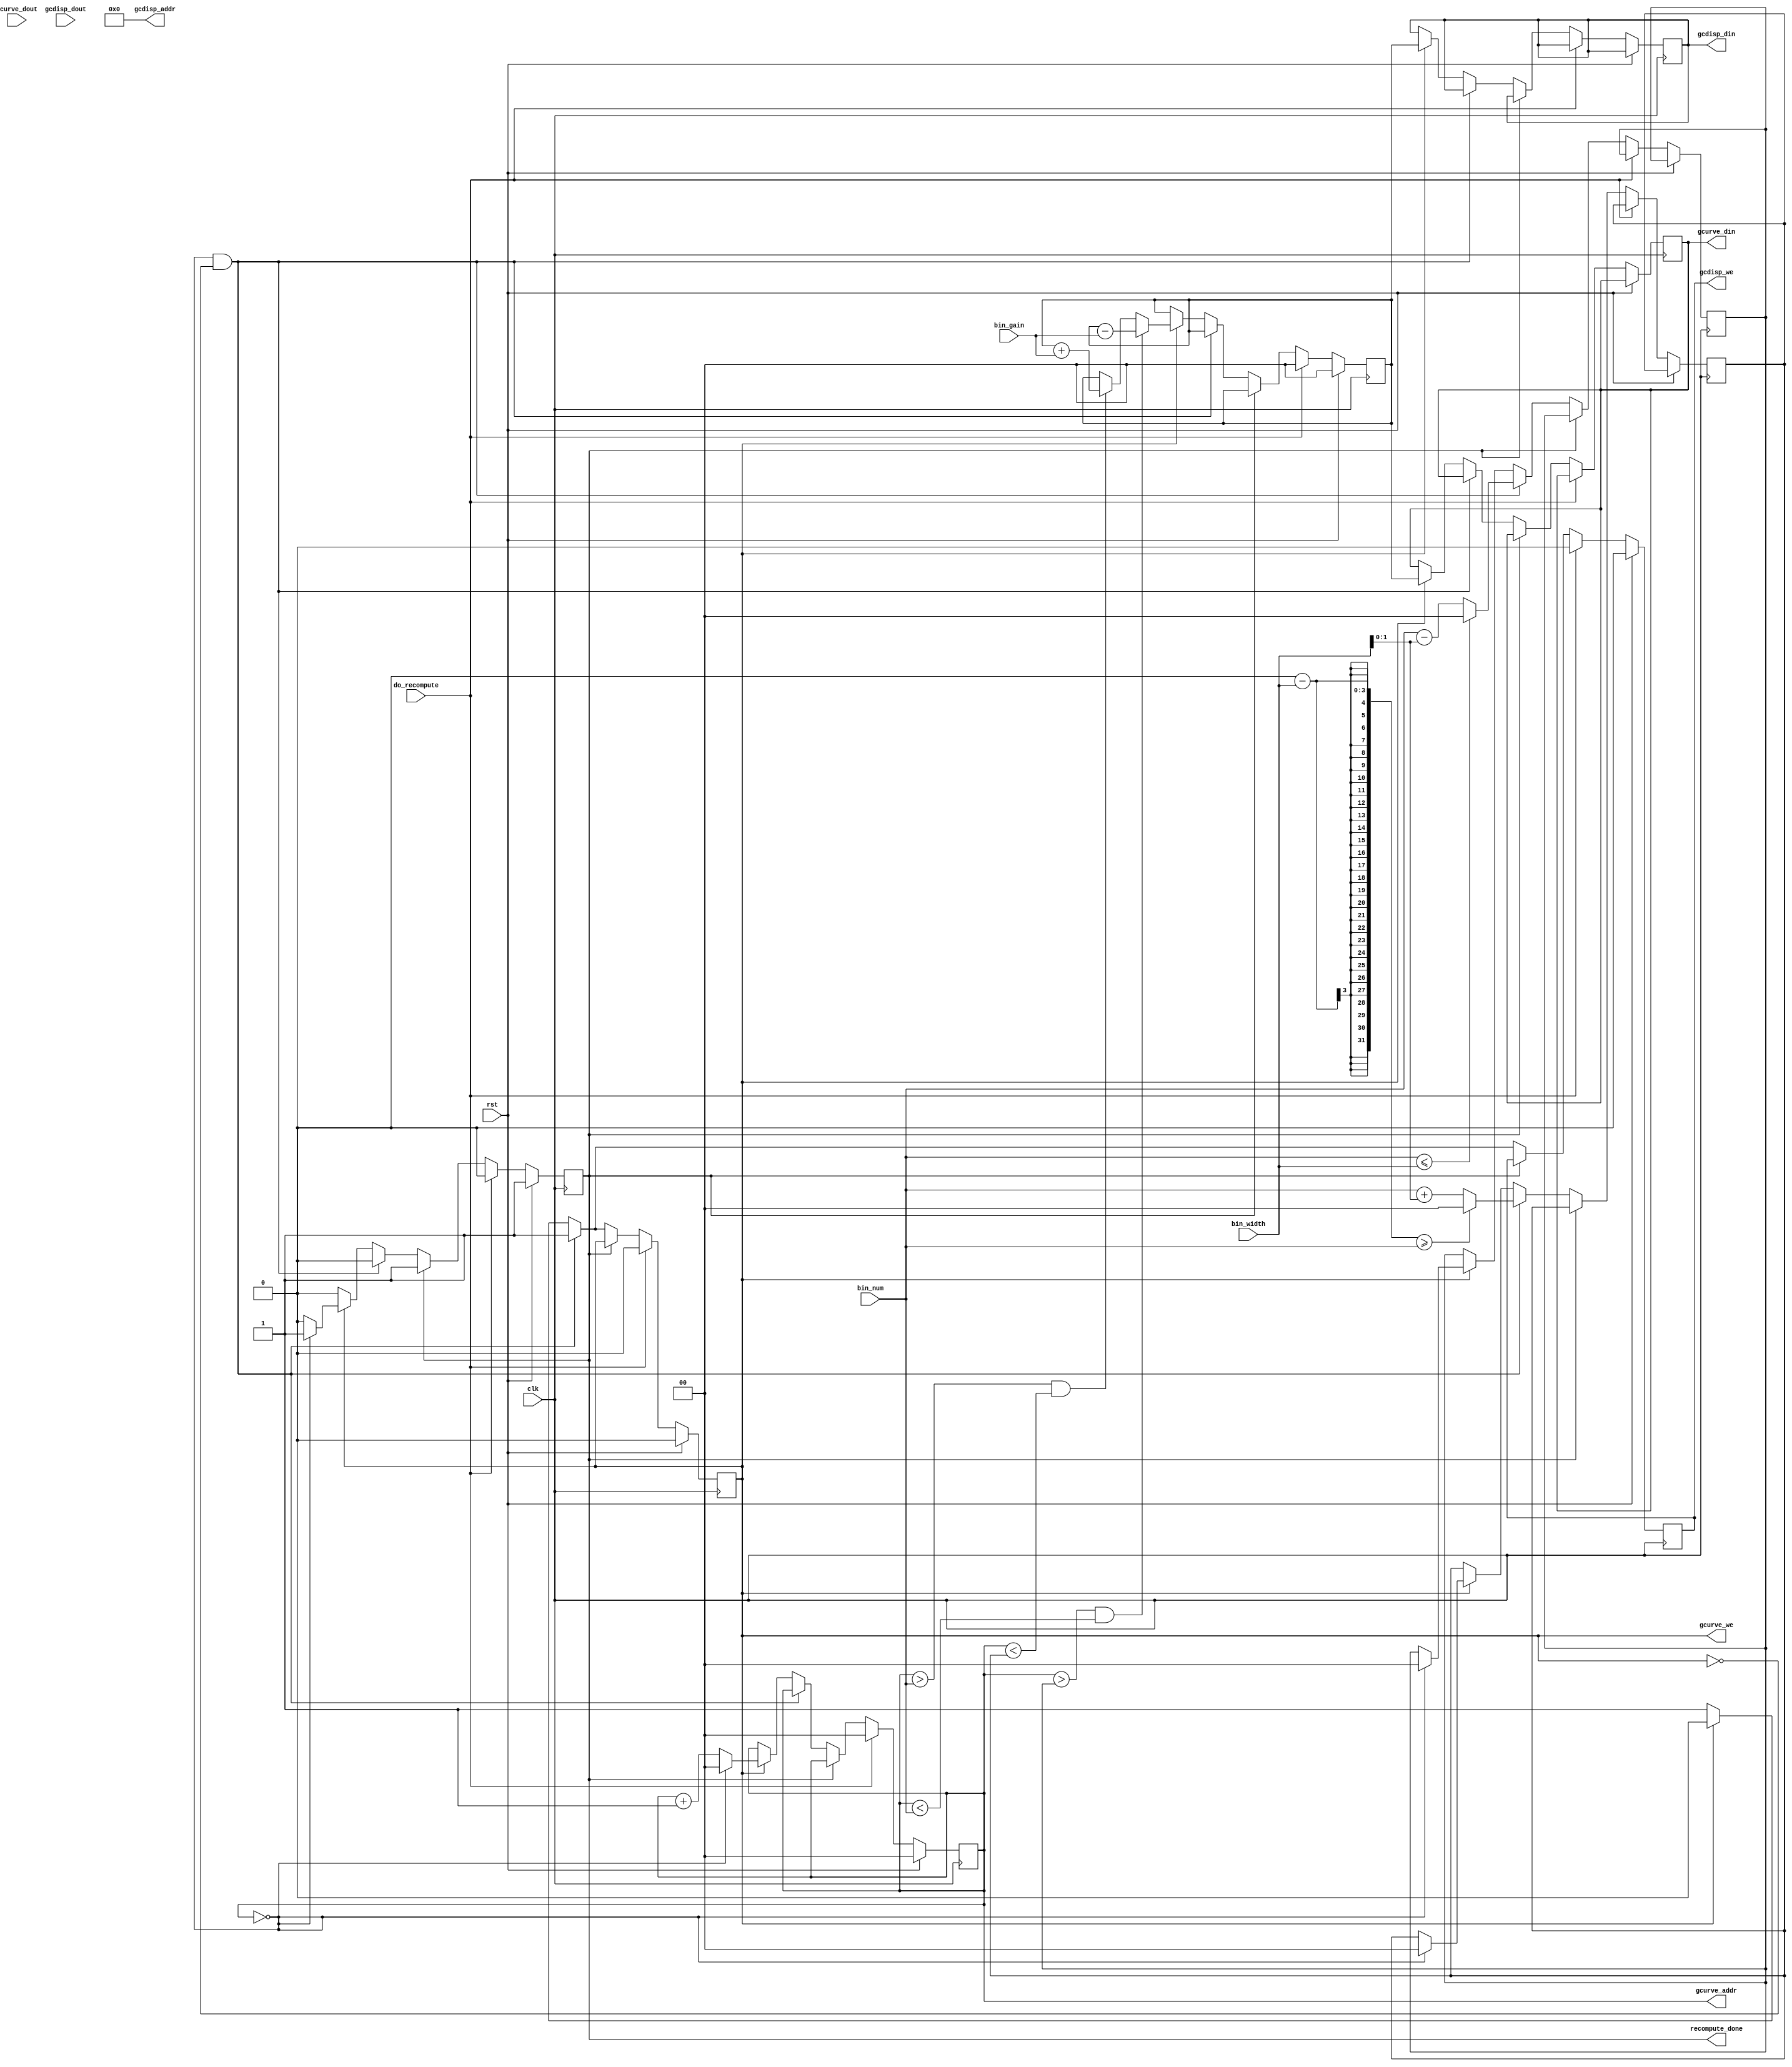
/* *********************** *
 * Parametric Equalizer    *
 * J. Colosimo             *
 * 6.111 - Fall '10        *
 * gcrecomp.v              *
 * recurve gain curve (not *
 *   working)              *
 * *********************** */

module gcrecomp #(parameter LOGFFTSIZE=0, AUDIOWIDTH=0, DISPLWIDTH=0)
    (
        input wire clk,
        input wire rst,

        // controls
        input wire do_recompute,
        output reg recompute_done,

        input wire [LOGFFTSIZE-1:0] bin_num,
        input wire [LOGFFTSIZE-1-1:0] bin_width,
        input wire [AUDIOWIDTH-1:0] bin_gain,

        output wire [LOGFFTSIZE-1:0] gcurve_addr,
        output wire [9:0] gcdisp_addr,
        output reg [AUDIOWIDTH-1:0] gcurve_din,
        output reg [DISPLWIDTH-1:0] gcdisp_din,
        input wire [AUDIOWIDTH-1:0] gcurve_dout,
        input wire [DISPLWIDTH-1:0] gcdisp_dout,
        output reg gcurve_we, gcdisp_we
    );

    reg [LOGFFTSIZE-1:0] index;
    reg [LOGFFTSIZE-1:0] bin_lo, bin_hi, bin_lo1, bin_hi1, bin_lo2, bin_hi2;

    assign gcurve_addr = index;
    assign gcdisp_addr = index >> (LOGFFTSIZE-10);

    reg [AUDIOWIDTH-1:0] newwav;
    reg [AUDIOWIDTH-1:0] gcurve_cur;

    always @ (posedge clk) begin
        if (rst) begin
            recompute_done <= 1;
            gcurve_we <= 0;
            gcdisp_we <= 0;
            index <= 0;
            newwav <= 0;
        end else if (do_recompute) begin
            recompute_done <= 0;
            gcurve_we <= 0;
            gcdisp_we <= 0;
            index <= 0;
            newwav <= 1<<DISPLWIDTH - 1;
        end else if (!recompute_done) begin
            if ( index == 0 && gcurve_we == 0 ) begin
                // new gain curve update
                // -> set bin_lo and bin_hi (bin_hi > bin_lo or we don't proceed)

                if ( bin_num <= bin_width>>2 ) bin_lo2 <= 0;
                else bin_lo2 <= bin_num - bin_width>>2;

                if ( bin_num <= bin_width>>1 ) bin_lo1 <= 0;
                else bin_lo1 <= bin_num - bin_width>>1;

                if ( bin_num <= bin_width ) bin_lo <= 0;
                else bin_lo <= bin_num - bin_width;


                if ( (1<<LOGFFTSIZE)-1 - bin_width>>2 >= bin_num ) bin_hi2 <= (1<<LOGFFTSIZE)-1;
                else bin_hi2 <= bin_num + bin_width>>2;

                if ( (1<<LOGFFTSIZE)-1 - bin_width>>1 >= bin_num ) bin_hi1 <= (1<<LOGFFTSIZE)-1;
                else bin_hi1 <= bin_num + bin_width>>1;

                if ( (1<<LOGFFTSIZE)-1 - bin_width >= bin_num ) bin_hi <= (1<<LOGFFTSIZE)-1;
                else bin_hi <= bin_num + bin_width;

                gcurve_we <= 1;
                gcdisp_we <= 1;
                gcurve_cur <= gcurve_dout;

            end else begin
                // in active mode

                if ( !gcurve_we ) begin
                    // in read phase, update gcurve_cur
                    gcurve_cur <= gcurve_dout;
                    gcurve_we <= 1;
                    gcdisp_we <= 1;
                    
                end else begin
                    // in write mode, update the RAM

                    /*
                        ||  |   |     |   |  ||  
                    ____||__|___|_____|___|__||____
                        lo lo1 lo2   hi2 hi1 hi
                    */

                    if ( index > bin_lo && index < bin_num ) begin
                        newwav <= newwav - bin_gain;
                    end else if ( index > bin_num && index < bin_hi ) begin
                        newwav <= newwav + bin_gain;
                    end

                    /*
                    if ( index < bin_lo ) begin
                        gcurve_din <= gcurve_cur;
                        gcdisp_din <= (1<<DISPLWIDTH)-1 - ((gcurve_cur) >> (AUDIOWIDTH-DISPLWIDTH));
                    end else if ( index < bin_lo1 ) begin
                        gcurve_din <= gcurve_cur >> 1 + newwav >> 1;
                        gcdisp_din <= (1<<DISPLWIDTH)-1 - ((gcurve_cur >> 1 + newwav >> 1) >> (AUDIOWIDTH-DISPLWIDTH));
                    end else if ( index < bin_lo2 ) begin
                        gcurve_din <= gcurve_cur >> 2 + newwav >> 1 + newwav >> 2;
                        gcdisp_din <= (1<<DISPLWIDTH)-1 - ((gcurve_cur >> 2 + newwav >> 1 + newwav >> 2) >> (AUDIOWIDTH-DISPLWIDTH));
                    end else if ( index < bin_hi2 ) begin
                        gcurve_din <= newwav;
                        gcdisp_din <= (1<<DISPLWIDTH)-1 - ((newwav) >> (AUDIOWIDTH-DISPLWIDTH));

                    end else if ( index < bin_hi1 ) begin
                        gcurve_din <= gcurve_cur >> 2 + newwav >> 1 + newwav >> 2;
                        gcdisp_din <= (1<<DISPLWIDTH)-1 - ((gcurve_cur >> 2 + newwav >> 1 + newwav >> 2) >> (AUDIOWIDTH-DISPLWIDTH));
                    end else if ( index < bin_hi ) begin
                        gcurve_din <= gcurve_cur >> 1 + newwav >> 1;
                        gcdisp_din <= (1<<DISPLWIDTH)-1 - ((gcurve_cur >> 1 + newwav >> 1) >> (AUDIOWIDTH-DISPLWIDTH));
                    end else begin
                        gcurve_din <= gcurve_cur;
                        gcdisp_din <= (1<<DISPLWIDTH)-1 - ((gcurve_cur) >> (AUDIOWIDTH-DISPLWIDTH));
                    end
                    */

                   gcurve_din <= newwav;
                   //gcdisp_din <= (newwav) >> (AUDIOWIDTH-DISPLWIDTH);
                   gcdisp_din <= newwav;

                    gcurve_we <= 0;
                    gcdisp_we <= 0;

                    if ( index == (1<<LOGFFTSIZE)-1 ) begin
                        recompute_done <= 1;
                        bin_lo <= 0;
                        bin_hi <= 0;
                        index <= 0;
                    end else begin
                        index <= index + 1;
                    end
                end
            end
        end
    end

endmodule